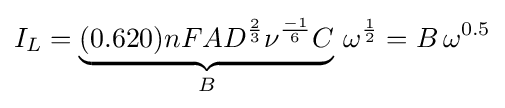
I_{L}=\underbrace {(0.620)nFAD^{\frac {2}{3}}\nu ^{\frac {-1}{6}}C} _{B}\,\omega ^{\frac {1}{2}}=B\,\omega ^{0.5}